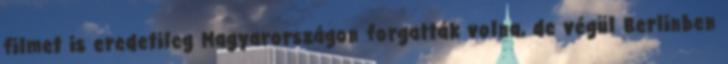
filmet is eredetileg Magyarországon forgatták volna, de végül Berlinben